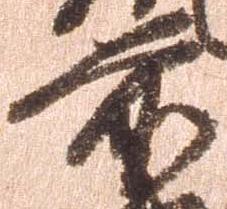
前